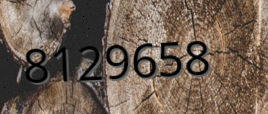
8129658